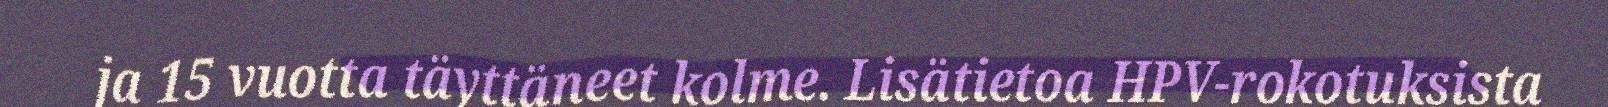
ja 15 vuotta täyttäneet kolme. Lisätietoa HPV-rokotuksista